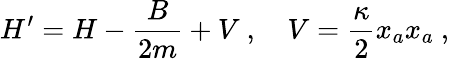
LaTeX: H^{\prime}=H-\frac{B}{2m}+V\ ,\quad V=\frac{\kappa}{2}x_{a}x_{a}\ ,